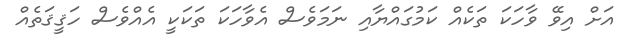
އަށް އިވޭ ވާހަކަ ތަކެއް ކަމުގައްޔާއި ނަމަވެސް އެވާހަކަ ތަކަކީ އެއްވެސް ހަޤީޤަތެއް